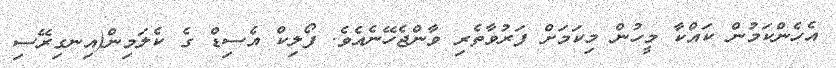
އެހެންކަމުން ކައްކާ މީހުން މިކަމަށް ފަރުވާތެރި ވާންޖެހޭނެއެވެ. ފޯލިކް އެސިޑް ގެ ކެލަމިން(އިނގިރޭސި